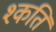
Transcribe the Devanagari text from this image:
श्कति